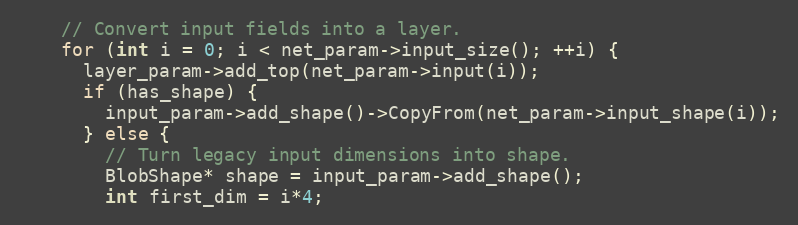
Language: C++
    // Convert input fields into a layer.
    for (int i = 0; i < net_param->input_size(); ++i) {
      layer_param->add_top(net_param->input(i));
      if (has_shape) {
        input_param->add_shape()->CopyFrom(net_param->input_shape(i));
      } else {
        // Turn legacy input dimensions into shape.
        BlobShape* shape = input_param->add_shape();
        int first_dim = i*4;